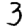
Digit: 3